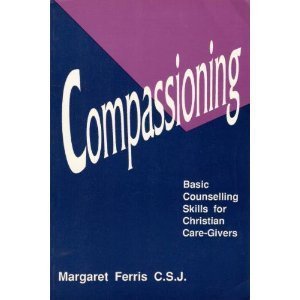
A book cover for Compassioning: Basic Counselling Skills for Christian Care-Givers; Margaret Ferris; Religion & Spirituality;